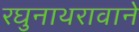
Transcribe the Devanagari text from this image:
रघुनाथरावाने